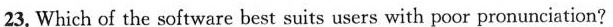
23. Which of the software best suits users with poor pronunciation?